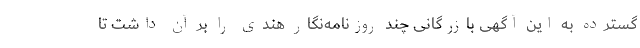
گسترده به این آگهی بازرگانی چند روزنامه‌نگار هندی را بر آن داشت تا